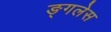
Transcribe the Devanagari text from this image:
ङ्गलेस